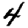
Digit: 4